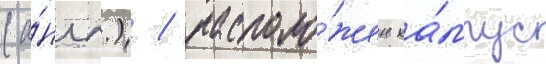
(а́нгл.) / располо́жен ка́мпус